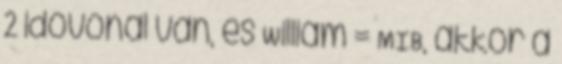
2 idővonal van, és William = MIB, akkor a